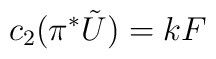
c_{2}(\pi^{*}\tilde{U})=kF